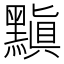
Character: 黰